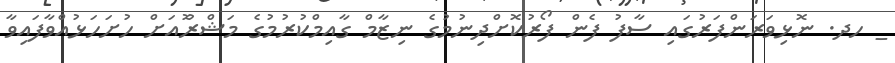
_ ހދ. ނޮޅިވަރަންފަރުގައި ސާފު ފެން ފޯރުކޮށްދިނުމުގެ ނިޒާމް ގާއިމްކުރުމުގެ މަޝްރޫެއަށް ހުށަހަޅުއްވާފައިވާ